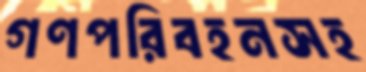
গণপরিবহনসহ